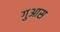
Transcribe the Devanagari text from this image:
गुआस